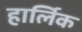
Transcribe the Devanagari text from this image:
हार्लिक